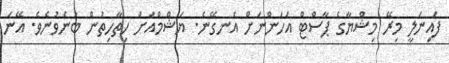
ފައިނަލީ މިރޭ މިޝްޔާގެ ޕާސްޓް އަހަންނަށް އެނގޭނެ. ޔަޝްމްއަށް ހިތާހިތުން ބުނެވުނެވެ. އޭނަ